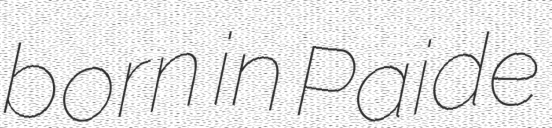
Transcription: born in Paide